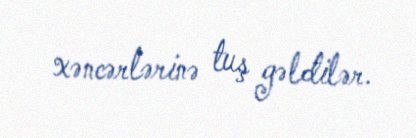
xəncərlərinə tuş gəldilər.